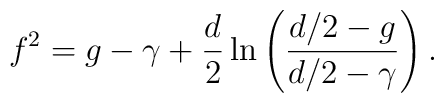
f^{2}=g-\gamma+\frac{d}{2}\ln\left(\frac{{d}/2-g}{{d}/2-\gamma}\right).